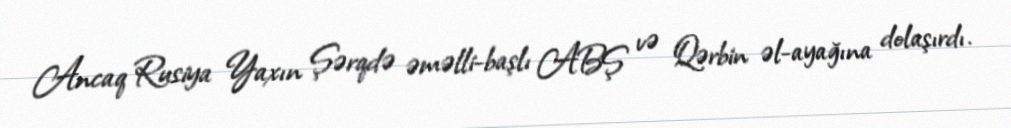
Ancaq Rusiya Yaxın Şərqdə əməlli-başlı ABŞ və Qərbin əl-ayağına dolaşırdı.